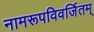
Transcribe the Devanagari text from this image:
नामरूपविवर्जितम्